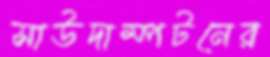
সাউদাম্পটনের